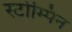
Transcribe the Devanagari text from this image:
स्टोम्पिन